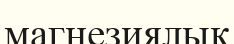
магнезиялық